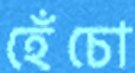
হেঁচো